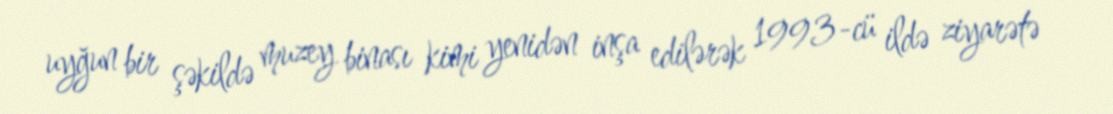
uyğun bir şəkildə muzey binası kimi yenidən inşa edilərək 1993-cü ildə ziyarətə